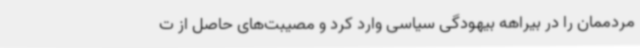
مردممان را در بیراهه بیهودگی سیاسی وارد کرد و مصیبت‌های حاصل از ت